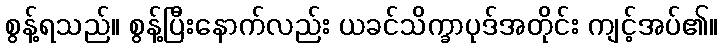
စွန့်ရသည်။ စွန့်ပြီးနောက်လည်း ယခင်သိက္ခာပုဒ်အတိုင်း ကျင့်အပ်၏။